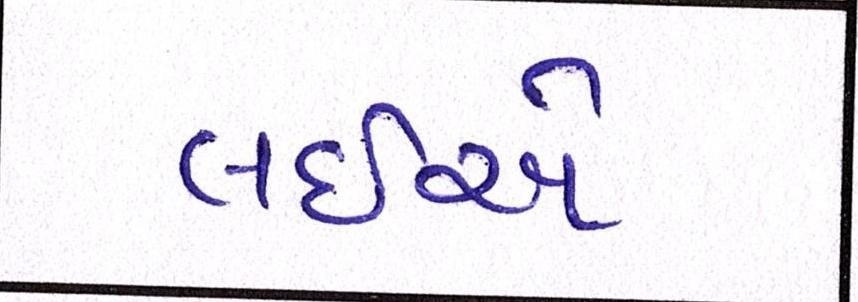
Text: લઈએ